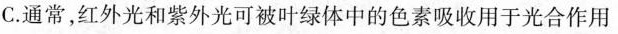
C.通常，红外光和紫外光可被叶绿体中的色素吸收用于光合作用